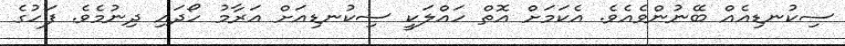
ސިކުނޑިއެއް ބޭނުންވެއެވެ. އެކަމަށް އޮތް ހައްލަކީ ސިކުނޑިއަށް އަރާމު ހޯދައި ދިނުމެވެ. ފަހުގެ